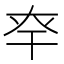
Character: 𢆎